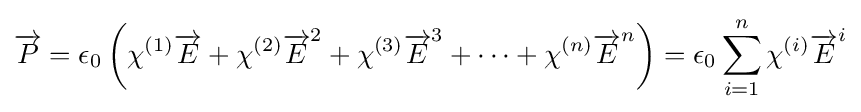
{\overrightarrow {P}}=\epsilon _{0}\left(\chi ^{(1)}{\overrightarrow {E}}+\chi ^{(2)}{\overrightarrow {E}}^{2}+\chi ^{(3)}{\overrightarrow {E}}^{3}+\dots +\chi ^{(n)}{\overrightarrow {E}}^{n}\right)=\epsilon _{0}\sum _{i=1}^{n}\chi ^{(i)}{\overrightarrow {E}}^{i}